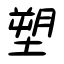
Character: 塑